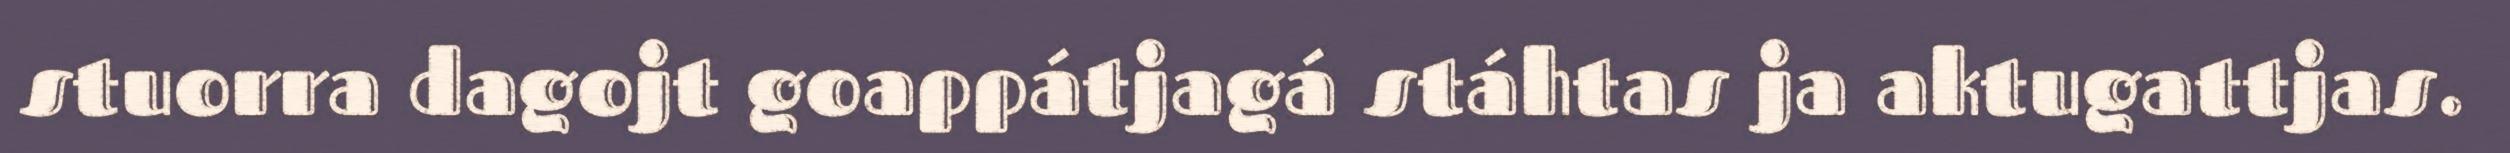
stuorra dagojt goappátjagá stáhtas ja aktugattjas.